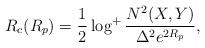
LaTeX: \begin{align*} R_c(R_p) = \frac{1}{2} \log^{+}{\frac{N^2(X,Y)}{\Delta^2 e^{2R_p}}},\end{align*}